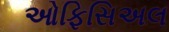
ઓફિસિઅલ